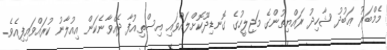
މެމްބަރު ޢަބުދު ޝާހިދު ރައްޔިތުންގެ މަޖިލީހުގެ ގޮނޑިދޫކޮށްލައްވައި އިސްތިއުފާ ދެއްވާނެކަން އިއުލާނު ކުރައްވައިފިއެެވެ.